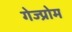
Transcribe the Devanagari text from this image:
गेज्प्रोम